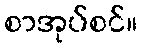
စာအုပ်စင်။